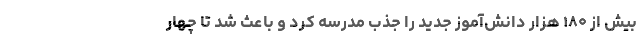
بیش از ۱۸۰ هزار دانش‌آموز جدید را جذب مدرسه کرد و باعث شد تا چهار